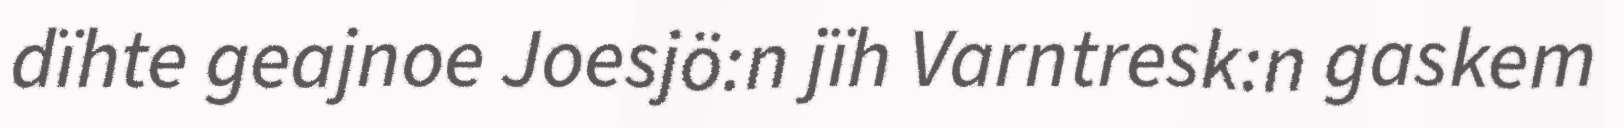
dïhte geajnoe Joesjö:n jïh Varntresk:n gaskem